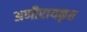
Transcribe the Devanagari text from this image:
अणीरायकृत